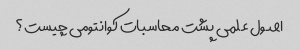
اصول علمی پشت محاسبات کوانتومی چیست؟